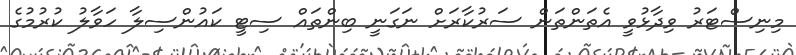
މިނިސްޓަރު ވިދާޅުވީ އެތަންތަން ސަރުކާރަށް ނަގަނީ ބިންތައް ސިޓީ ކައުންސިލާ ހަވާލު ކުރުމުގެ